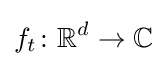
f_{t}\colon \mathbb {R} ^{d}\to \mathbb {C}